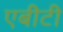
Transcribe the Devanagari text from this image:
एबीटी